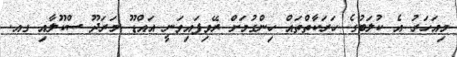
މިއަހަރު އެ ކުލަބުގެ ހަރަކާތްތައް ހިންގުމަށް ރޭވިފައިވަނީ އައްޑޫ މަރަދޫ ސްކޫލާއި ގއ.